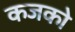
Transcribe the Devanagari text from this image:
कजको